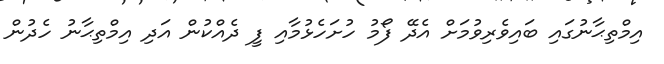
އިމްތިޙާނުގައި ބައިވެރިވުމަށް އެދޭ ފޯމު ހުށަހެޅުމާއި ފީ ދެއްކުން އަދި އިމްތިޙާނު ހެދުން